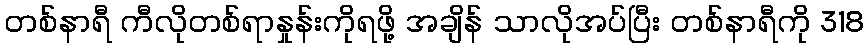
တစ်နာရီ ကီလိုတစ်ရာနှုန်းကိုရဖို့ အချိန် သာလိုအပ်ပြီး တစ်နာရီကို 318